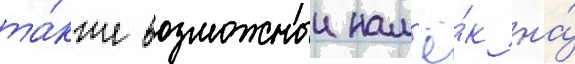
та́кже возможныи нам'ё́к на́